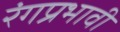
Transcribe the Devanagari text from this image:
रंगप्रभावी